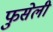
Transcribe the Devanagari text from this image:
फुसेली